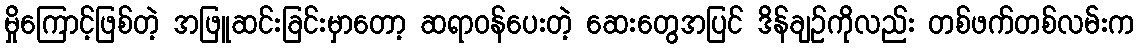
မှိုကြောင့်ဖြစ်တဲ့ အဖြူဆင်းခြင်းမှာတော့ ဆရာဝန်ပေးတဲ့ ဆေးတွေအပြင် ဒိန်ချဉ်ကိုလည်း တစ်ဖက်တစ်လမ်းက